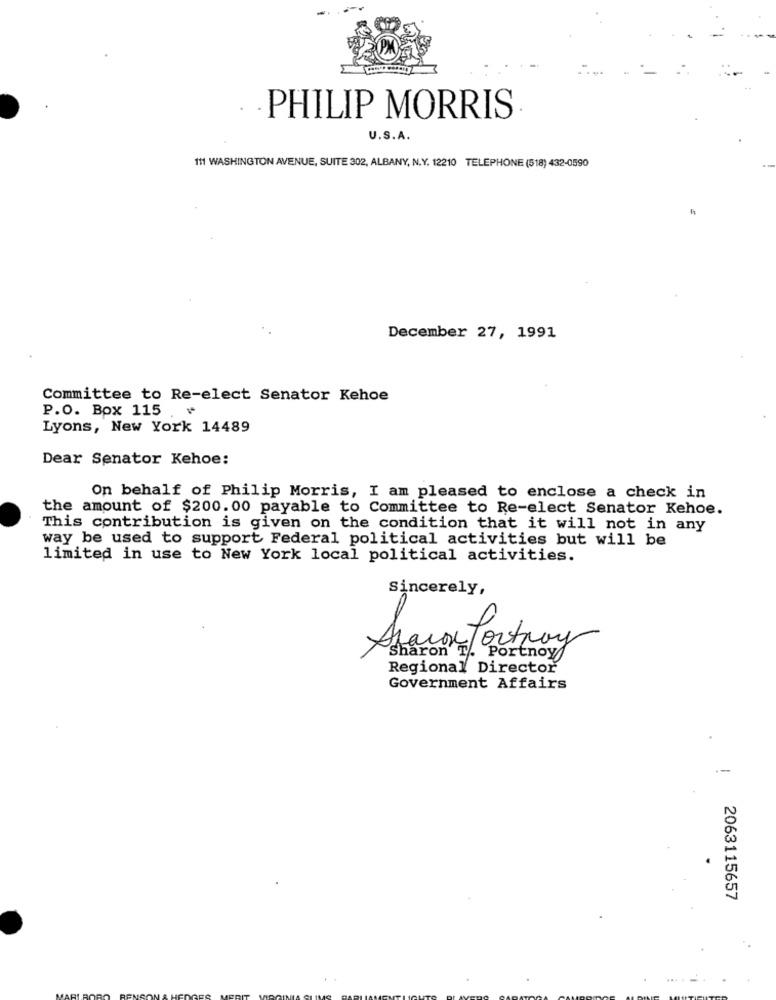
PHILIP MORRIS
U.S.A.
111 WASHINGTON AVENUE, SUITE 302, ALBANY, N.Y. 12210 TELEPHONE (518) 432-0590
December 27, 1991
Committee to Re-elect Senator Kehoe
P.O. Box 115
Lyons, New York 14489
Dear Senator Kehoe:
On behalf of Philip Morris, I am pleased to enclose a check in
the amount of $200.00 payable to Committee to Re-elect Senator Kehoe.
This contribution is given on the condition that it will not in any
way be used to support Federal political activities but will be
limited in use to New York local political activities.
Sincerely,
Spain Portoy
Sharon T. Portnoy
Regional Director
Government Affairs
2063115657